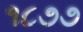
૧૮૭૭